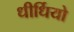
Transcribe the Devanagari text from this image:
धीर्धियो